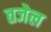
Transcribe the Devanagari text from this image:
तजेल